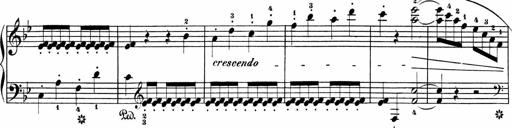
Title: Sonatinas
Composer: Andrew Violette